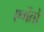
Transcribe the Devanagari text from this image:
एगेंतों